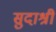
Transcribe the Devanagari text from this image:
सुदाश्री